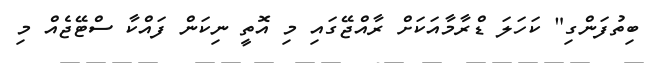
ބިތުފަންގި" ކަހަލަ ޑްރާމާއަކަށް ރާއްޖޭގައި މި އޮތީ ނިކަން ފައްކާ ސްޓޭޖެއް މި